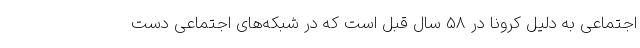
اجتماعی به دلیل کرونا در 58 سال قبل است که در شبکه‌های اجتماعی دست